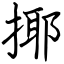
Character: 揶